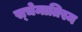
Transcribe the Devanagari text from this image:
स्चेमातिस्म